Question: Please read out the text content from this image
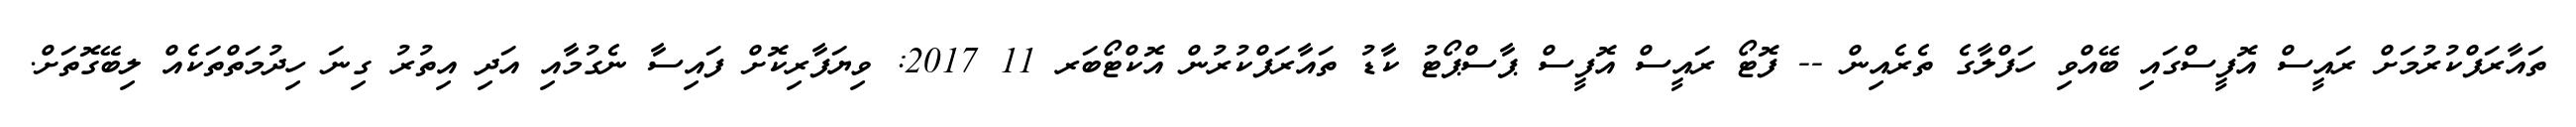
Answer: ތައާރަފްކުރުމަށް ރައީސް އޮފީސްގައި ބޭއްވި ހަފްލާގެ ތެރެއިން -- ފޮޓޯ ރައީސް އޮފީސް ޕާސްޕޯޓު ކާޑު ތައާރަފްކުރުން އޮކްޓޯބަރ 11 2017: ވިޔަފާރިކޮށް ފައިސާ ނެގުމާއި އަދި އިތުރު ގިނަ ހިދުމަތްތަކެއް ލިބޭގޮތަށް.